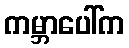
ကမ္ဘာပေါ်က